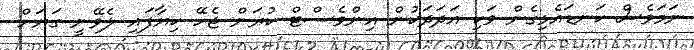
ނަމަވެެސް ކަނޑައެޅިގެން ވަކި އަދަދަކުން އިންވެސްޓް ކުރަން ޖެހޭ ކިޔާފައި ލެވޭނީ ގަޔަށް